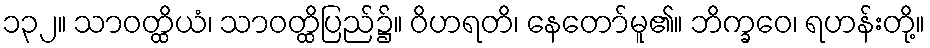
၁၃၂။ သာဝတ္ထိယံ၊ သာဝတ္ထိပြည်၌။ ဝိဟရတိ၊ နေတော်မူ၏။ ဘိက္ခဝေ၊ ရဟန်းတို့။